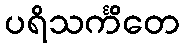
ပရိသင်္ကိတေ